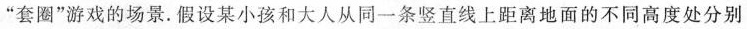
”套圈”游戏的场景。假设某小孩和大人从同一条竖直线上距离地面的不同高度处分别